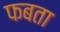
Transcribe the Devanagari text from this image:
फबता